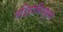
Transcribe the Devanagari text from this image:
मदिराविभ्रम